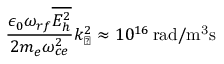
\frac { \epsilon _ { 0 } \omega _ { r f } \overline { { E _ { h } ^ { 2 } } } } { 2 m _ { e } \omega _ { c e } ^ { 2 } } k _ { \perp } ^ { 2 } \approx 1 0 ^ { 1 6 } \, \mathrm { r a d / m ^ { 3 } s }